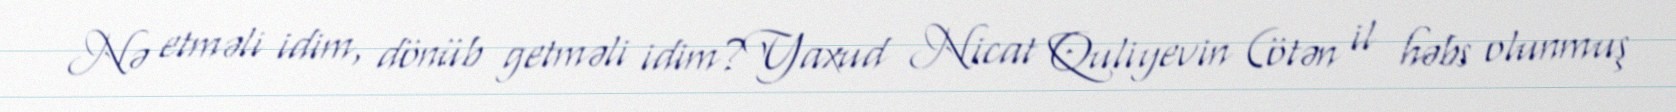
Nə etməli idim, dönüb getməli idim?Yaxud Nicat Quliyevin (ötən il həbs olunmuş